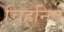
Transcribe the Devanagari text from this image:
चिह्‌नित